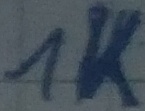
Text: 1K